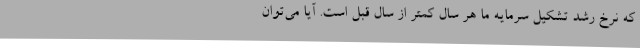
که نرخ رشد تشکیل سرمایه ما هر سال کمتر از سال قبل است. آیا می‌توان